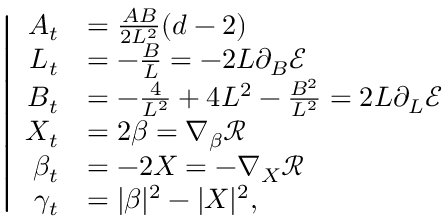
\left| \begin{array} { r l } { A _ { t } } & { = \frac { A B } { 2 L ^ { 2 } } ( d - 2 ) } \\ { L _ { t } } & { = - \frac { B } { L } = - 2 L \partial _ { B } \mathcal { E } } \\ { B _ { t } } & { = - \frac { 4 } { L ^ { 2 } } + 4 L ^ { 2 } - \frac { B ^ { 2 } } { L ^ { 2 } } = 2 L \partial _ { L } \mathcal { E } } \\ { X _ { t } } & { = 2 \beta = \nabla _ { \beta } \mathcal { R } } \\ { \beta _ { t } } & { = - 2 X = - \nabla _ { X } \mathcal { R } } \\ { \gamma _ { t } } & { = | \beta | ^ { 2 } - | X | ^ { 2 } , } \end{array} \right.